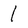
Character: 1